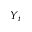
Y _ { i }